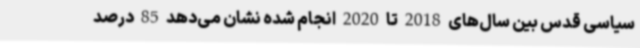
سیاسی قدس بین سال‌های 2018 تا 2020 انجام شده نشان می‌دهد 85 درصد